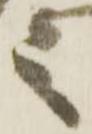
之